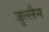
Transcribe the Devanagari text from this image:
जुल्लैन